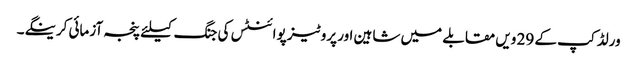
ورلڈ کپ کے 29 ویں مقابلے میں شاہین اور پروٹیز پوائنٹس کی جنگ کیلئے پنجہ آزمائی کرینگے۔